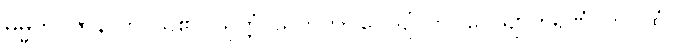
ဓမ္မကို။ ဇာနာတိ၊ သိ၏။ သုတ္တံ၊ သုတ်ကို။ ဂေယျံ၊ ကို။ ဝေယျာကရဏံ၊ ကို။ ထံ၊